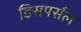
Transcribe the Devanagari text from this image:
डिसपर्सल